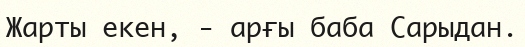
Жарты екен, - арғы баба Сарыдан.